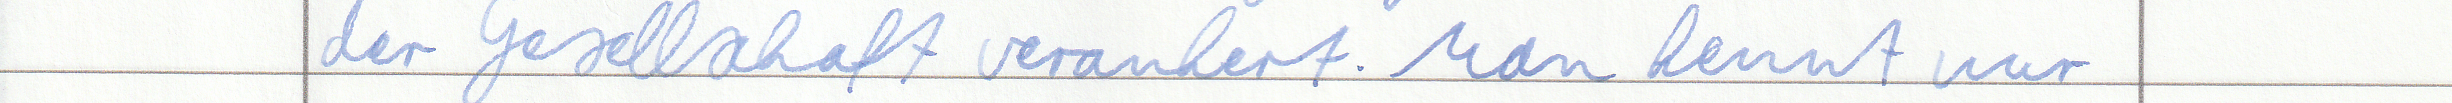
der Gesellschaft verankert. Man kennt nur